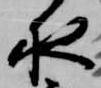
夜